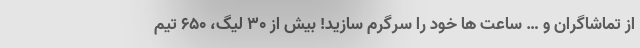
از تماشاگران و … ساعت ها خود را سرگرم سازید! بیش از 30 لیگ، 650 تیم